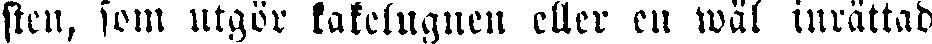
sten, som utgör kakelugnen eller en wäl inrättad